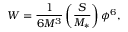
W = \frac { 1 } { 6 M ^ { 3 } } \left( \frac { S } { M _ { * } } \right) \phi ^ { 6 } ,